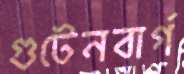
গুটেনবার্গ